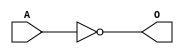
module MACINVE(A, O);
input   A;
output  O;
not g0(O, A);
endmodule